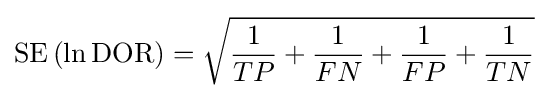
\mathrm {SE} \left(\ln {\text{DOR}}\right)={\sqrt {{\frac {1}{TP}}+{\frac {1}{FN}}+{\frac {1}{FP}}+{\frac {1}{TN}}}}